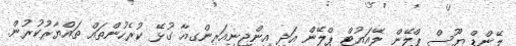
ލޭންޑް ޔޫސް ޕްލޭން ލޭއައުޓް ޕްލޭން އަދި އިންޖިނިއަރިންގއާ ގުޅޭ ކުރެހުންތައް ތައްޔާރުކުރުން.